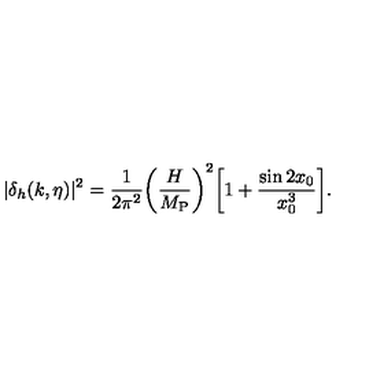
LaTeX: | \delta _ { h } ( k , \eta ) | ^ { 2 } = \frac { 1 } { 2 \pi ^ { 2 } } \biggl ( \frac { H } { M _ { \mathrm { P } } } \biggr ) ^ { 2 } \biggl [ 1 + \frac { \sin { 2 x _ { 0 } } } { x _ { 0 } ^ { 3 } } \biggr ] .